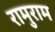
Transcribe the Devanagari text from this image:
रामुराम